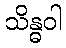
သိန္ဓဝါ